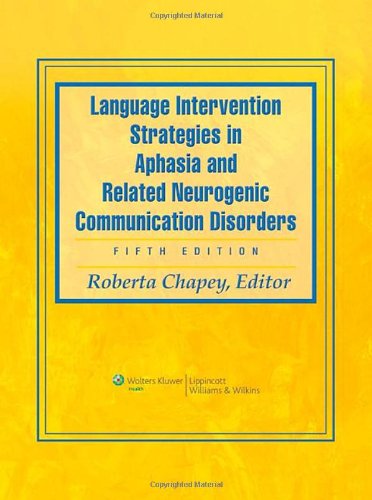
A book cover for Language Intervention Strategies in Aphasia and Related Neurogenic Communication Disorders; Medical Books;